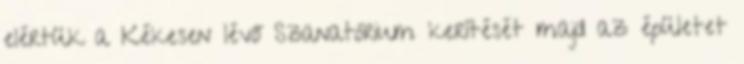
elértük a Kékesen lévő Szanatórium kerítését majd az épületet